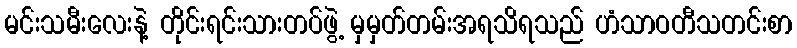
မင်းသမီးလေးနဲ့ တိုင်းရင်းသားတပ်ဖွဲ့ မှမှတ်တမ်းအရသိရသည် ဟံသာဝတီသတင်းစာ